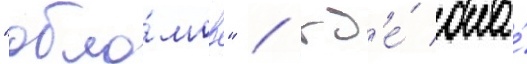
"обло́мов" / гд'е́ она́